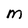
Character: m